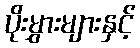
ပိုးမွှားများနှင့်